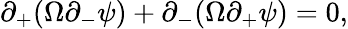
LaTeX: \partial_{+}(\Omega\partial_{-}\psi)+\partial_{-}(\Omega\partial_{+}\psi)=0,